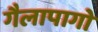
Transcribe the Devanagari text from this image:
गैलापागो